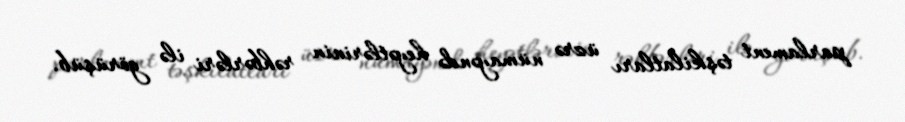
parlament təşkilatları üzrə nümayəndə heyətlərinin rəhbərləri ilə görüşüb.